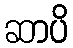
ဆာပိ